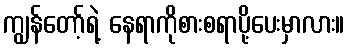
ကျွန်တော့်ရဲ့ နေရာကိုစားစရာပို့ပေးမှာလား။